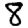
Digit: 8